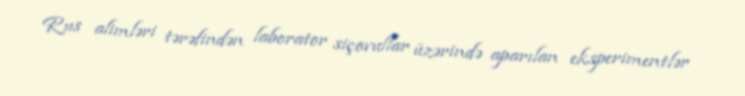
Rus alimləri tərəfindən laborator siçovullar üzərində aparılan eksperimentlər